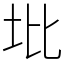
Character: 㘩